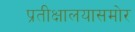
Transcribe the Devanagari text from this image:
प्रतीक्षालयासमोर